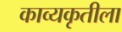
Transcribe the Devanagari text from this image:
काव्यकृतीला